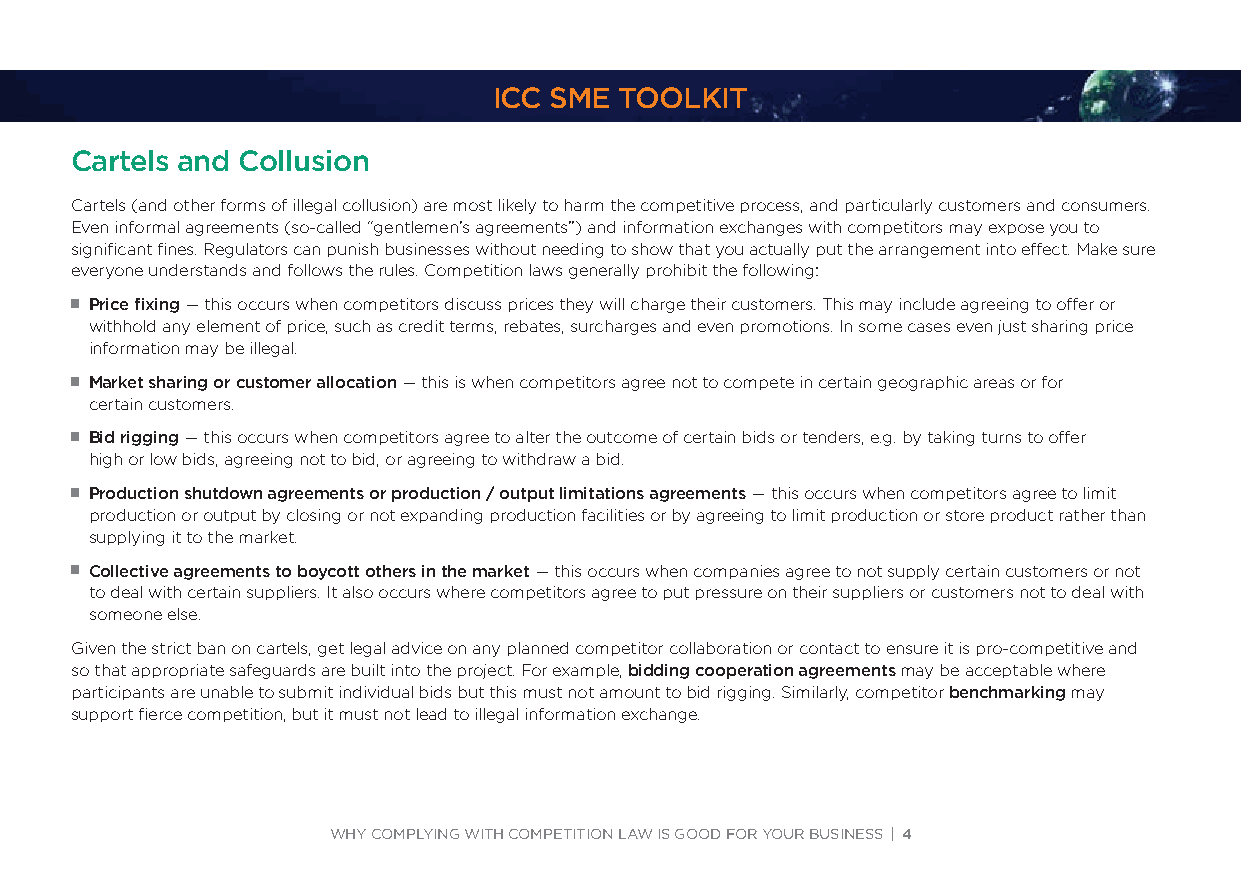
ICC SME TOOLKIT
 Cartels and Collusion
 Cartels (and other forms of illegal collusion) are most likely to harm the competitive process, and particularly customers and consumers.
 Even informal agreements (so-called “gentlemen’s agreements”) and information exchanges with competitors may expose you to
 significant fines. Regulators can punish businesses without needing to show that you actually put the arrangement into effect. Make sure
 everyone understands and follows the rules. Competition laws generally prohibit the following:
 JJPrice fixing — this occurs when competitors discuss prices they will charge their customers. This may include agreeing to offer or
 withhold any element of price, such as credit terms, rebates, surcharges and even promotions. In some cases even just sharing price
 information may be illegal.
 JJMarket sharing or customer allocation — this is when competitors agree not to compete in certain geographic areas or for
 certain customers.
 JJBid rigging — this occurs when competitors agree to alter the outcome of certain bids or tenders, e.g. by taking turns to offer
 high or low bids, agreeing not to bid, or agreeing to withdraw a bid.
 JJProduction shutdown agreements or production / output limitations agreements — this occurs when competitors agree to limit
 production or output by closing or not expanding production facilities or by agreeing to limit production or store product rather than
 supplying it to the market.
 JJCollective agreements to boycott others in the market — this occurs when companies agree to not supply certain customers or not
 to deal with certain suppliers. It also occurs where competitors agree to put pressure on their suppliers or customers not to deal with
 someone else.
 Given the strict ban on cartels, get legal advice on any planned competitor collaboration or contact to ensure it is pro-competitive and
 so that appropriate safeguards are built into the project. For example, bidding cooperation agreements may be acceptable where
 participants are unable to submit individual bids but this must not amount to bid rigging. Similarly, competitor benchmarking may
 support fierce competition, but it must not lead to illegal information exchange.
 WHY COMPLYING WITH COMPETITION LAW IS GOOD FOR YOUR BUSINESS | 4